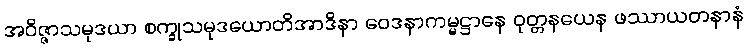
အဝိဇ္ဇာသမုဒယာ စက္ခုသမုဒယောတိအာဒိနာ ဝေဒနာကမ္မဋ္ဌာနေ ဝုတ္တနယေန ဖဿာယတနာနံ